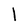
Character: 1